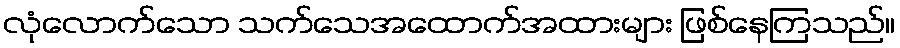
လုံလောက်သော သက်သေအထောက်အထားများ ဖြစ်နေကြသည်။